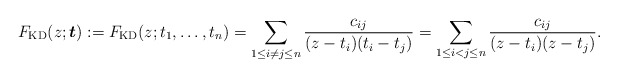
\begin{gather*} F_{\rm KD}(z;{\boldsymbol{t}}):= F_{\rm KD}(z;t_1,\ldots,t_n)=\sum_{1 \le i \not= j \le n}{ c_{ij} \over (z-t_i)(t_i-t_j)} = \sum_{1 \le i < j \le n} {c_{ij} \over(z-t_i)(z-t_j)}.\end{gather*}